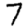
Digit: 7